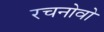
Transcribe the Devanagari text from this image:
रचनोवो